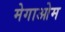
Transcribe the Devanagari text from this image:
मेगाओम